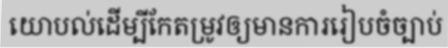
យោបល់ដើម្បីកែតម្រូវឲ្យមានការរៀបចំច្បាប់